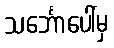
သင်္ဘောပေါ်မှ